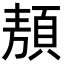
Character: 𩓁